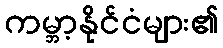
ကမ္ဘာ့နိုင်ငံများ၏